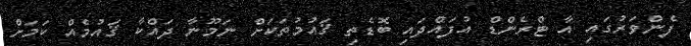
ފެންވަރުގައި އާ ޓްރެންޑް އުފައްދައި ބޮޑެތި ޤައުމުތަކަށް ނަމޫނާ ދައްކާ ޤައުމެއް ކަމަށް